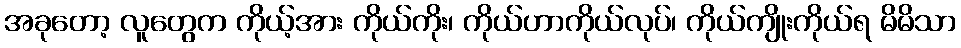
အခုတော့ လူတွေက ကိုယ့်အား ကိုယ်ကိုး၊ ကိုယ်ဟာကိုယ်လုပ်၊ ကိုယ်ကျိုးကိုယ်ရ မိမိသာ